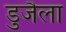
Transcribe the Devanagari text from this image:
डुजैला